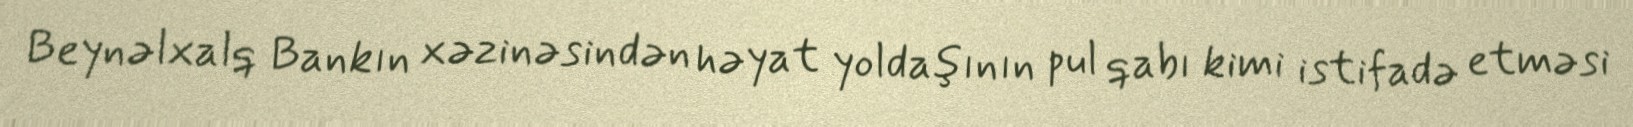
Beynəlxalq Bankın xəzinəsindən həyat yoldaşının pul qabı kimi istifadə etməsi